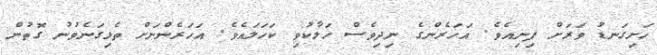
ހަށިގަނޑު ވަރަށް ފިނިއެވެ. އަހަރެންގެ ނިދިވެސް ހަލާކުވި ކަހަލައެވެ. އަހަރެންނަށް ތެޅިގަނެވުނު ގޮތުން